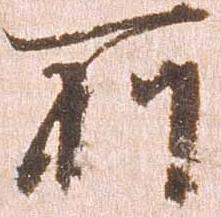
所